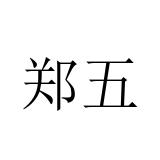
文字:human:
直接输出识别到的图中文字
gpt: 郑五